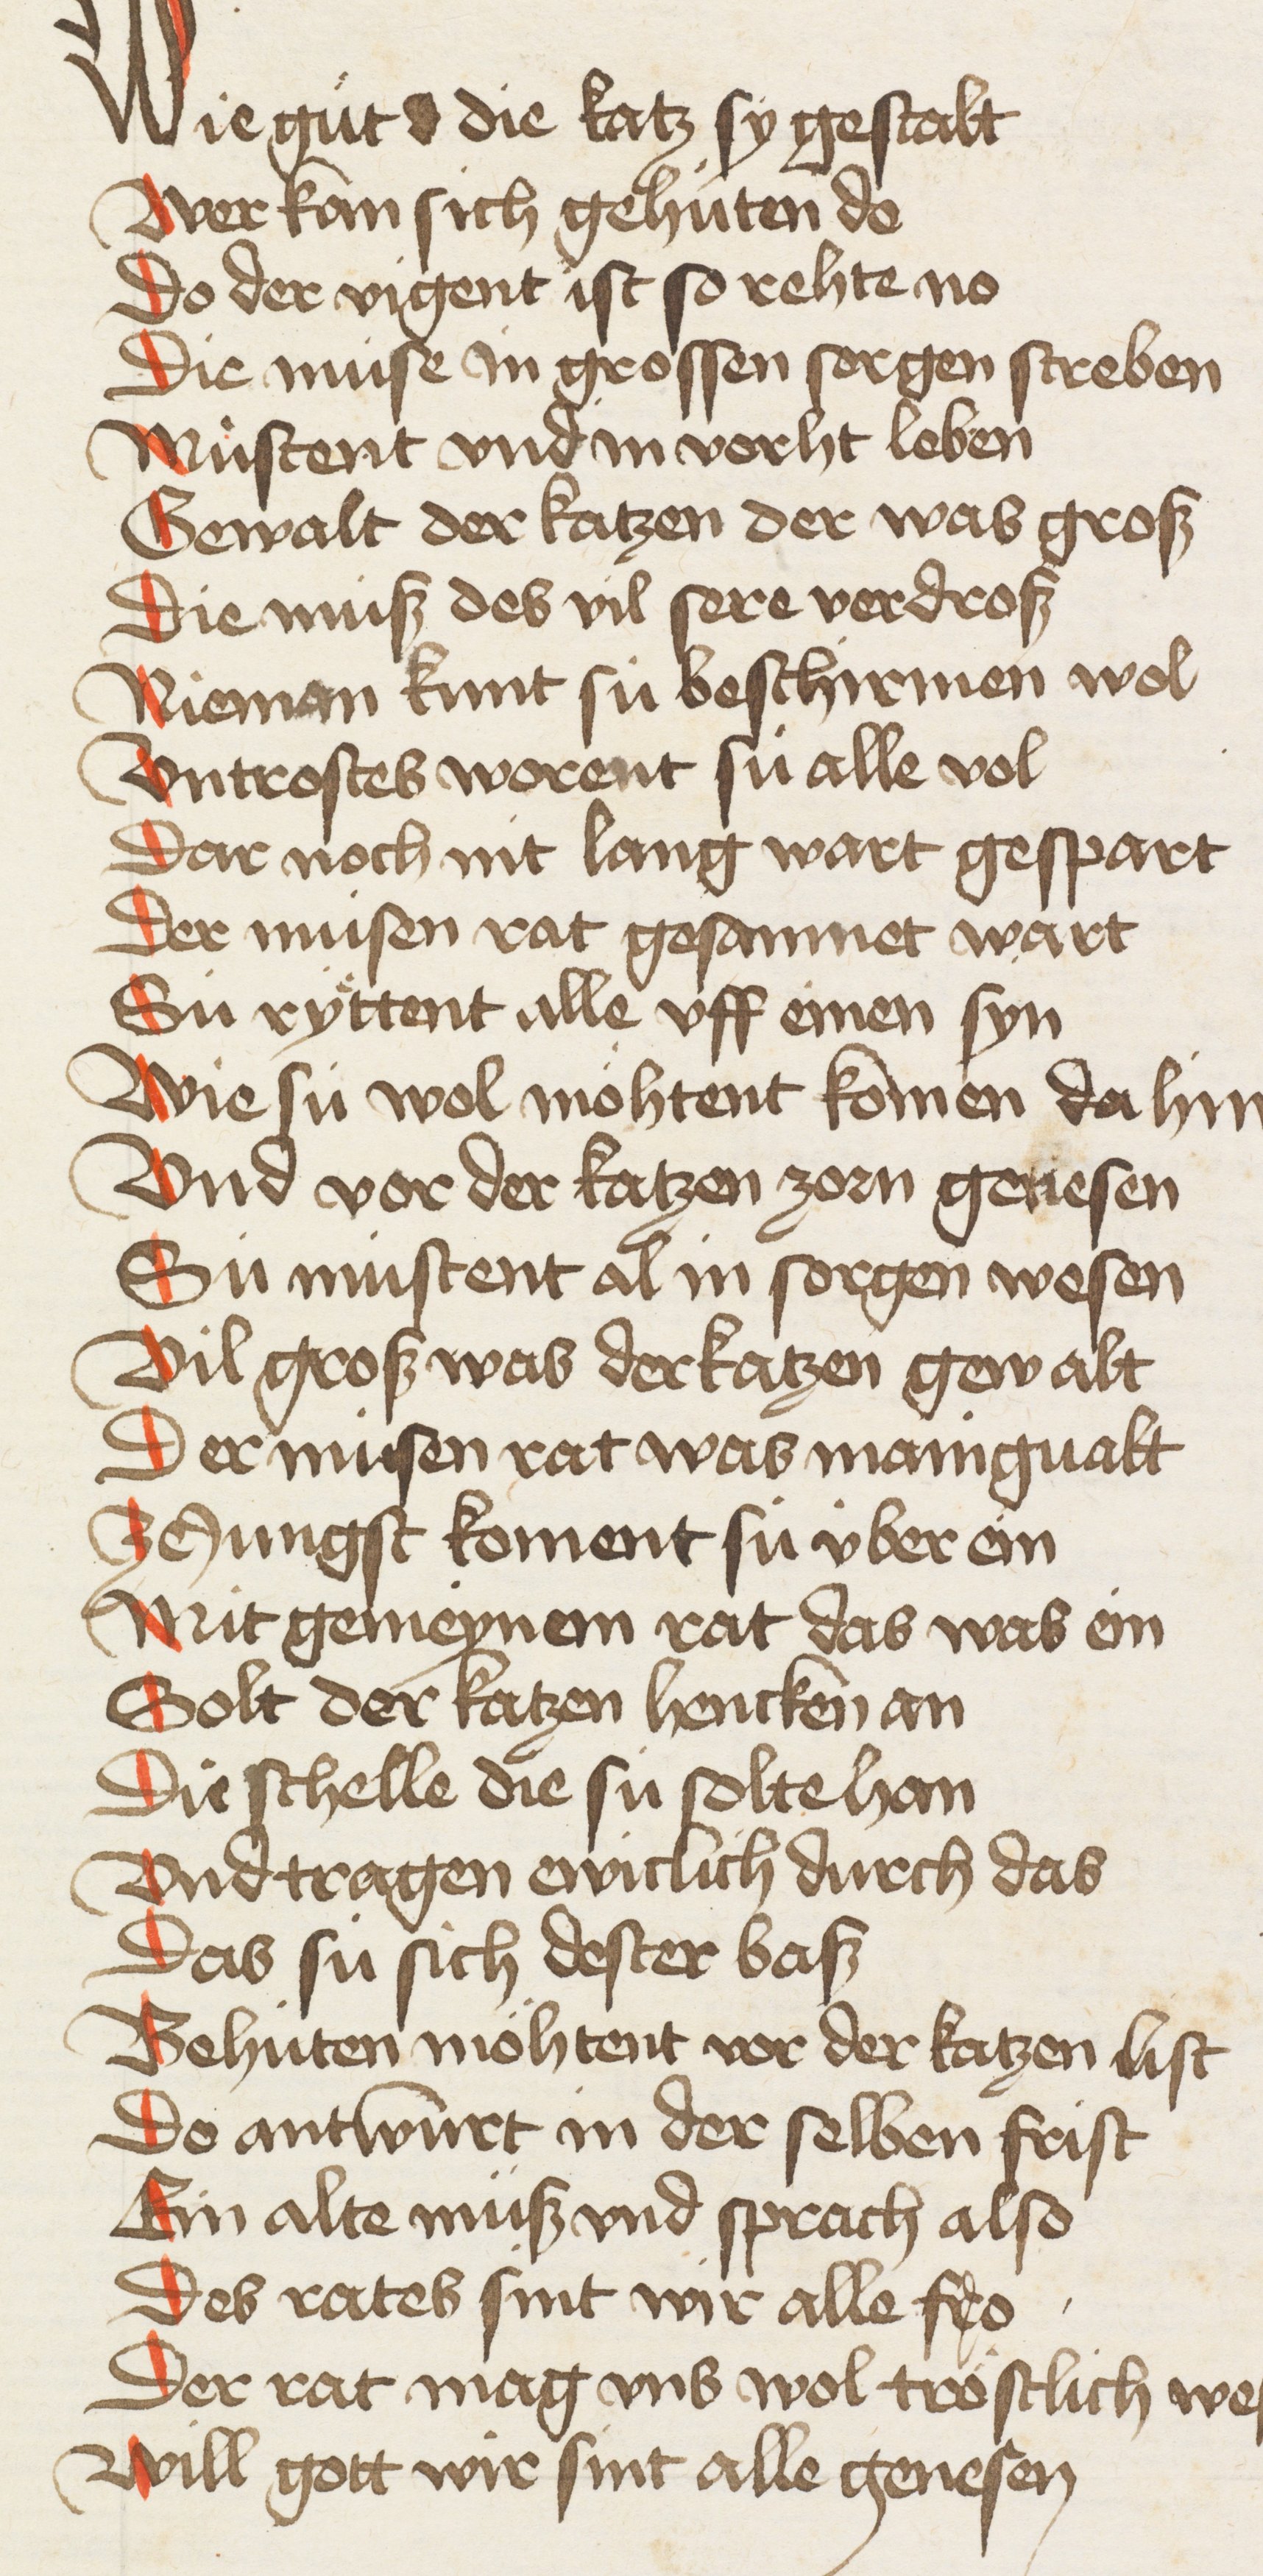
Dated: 1440–1475